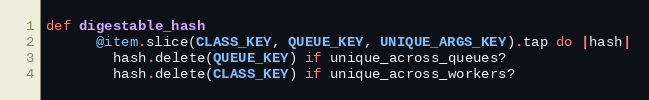
Language: Ruby
def digestable_hash
      @item.slice(CLASS_KEY, QUEUE_KEY, UNIQUE_ARGS_KEY).tap do |hash|
        hash.delete(QUEUE_KEY) if unique_across_queues?
        hash.delete(CLASS_KEY) if unique_across_workers?